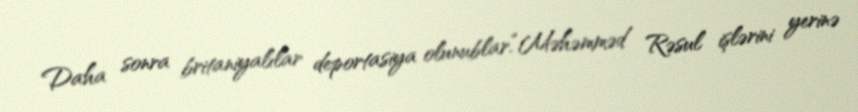
Daha sonra britaniyalılar deportasiya olunublar.“Məhəmməd Rəsul işlərini yerinə